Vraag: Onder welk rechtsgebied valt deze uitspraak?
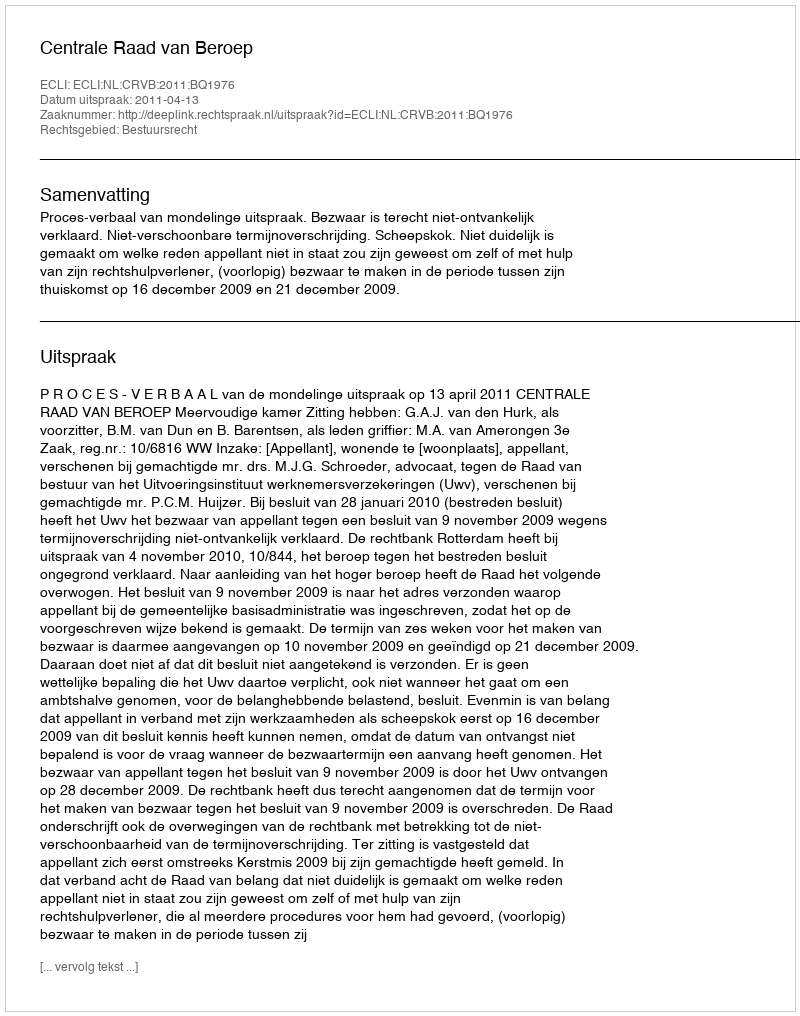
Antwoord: Bestuursrecht